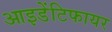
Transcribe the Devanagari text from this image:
आइडेंटिफायर